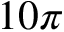
1 0 \pi